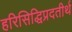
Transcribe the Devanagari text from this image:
हरिसिद्धिप्रदतीर्थ